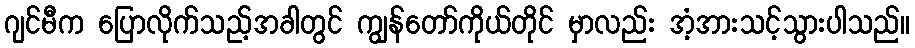
ဂျင်မီက ပြောလိုက်သည့်အခါတွင် ကျွန်တော်ကိုယ်တိုင် မှာလည်း အံ့အားသင့်သွားပါသည်။